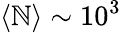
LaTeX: \langle\mathbb{N}\rangle\sim10^{3}